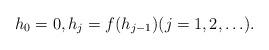
LaTeX: \begin{align*} h_0=0,h_j=f(h_{j-1})(j=1,2,\ldots).\end{align*}